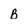
Character: B